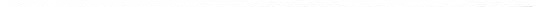
___。